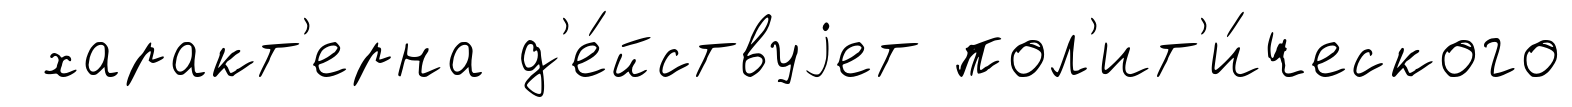
характ'ерна д'е́йствуjет пол'ит'и́ческого